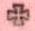
+